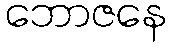
ဘောဇနေ